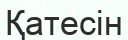
Қатесін